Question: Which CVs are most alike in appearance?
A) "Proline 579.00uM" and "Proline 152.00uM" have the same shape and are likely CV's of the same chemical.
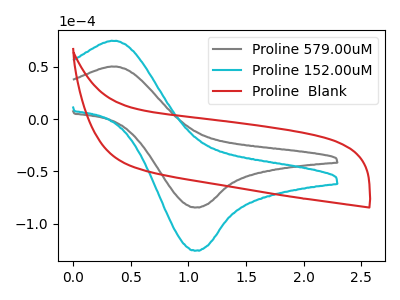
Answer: <think>The gray curve "Proline 579.00uM" has an anodic peak at (0.40V, 50.30uA) and a cathodic peak at (1.05V, -84.55uA). The cyan curve "Proline 152.00uM" has an anodic peak at (0.40V, 74.85uA) and a cathodic peak at (1.05V, -125.85uA). The red curve "Proline  Blank" has no peaks.
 All the peaks in "Proline 579.00uM" have a peak in "Proline 152.00uM" at the same potential. Every peak in "Proline 579.00uM" is lower than every peak in "Proline 152.00uM". "Proline 579.00uM" and "Proline  Blank" have a different number of peaks. "Proline 152.00uM" and "Proline  Blank" have a different number of peaks.</think>
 <answer>A) "Proline 579.00uM" and "Proline 152.00uM" have the same shape and are likely CV's of the same chemical.</answer>
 <eval>A</eval>